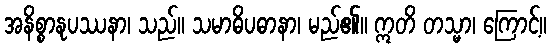
အနိစ္စာနုပဿနာ၊ သည်။ သမာဓိပဓာနာ၊ မည်၏။ ဣတိ တသ္မာ၊ ကြောင့်။